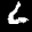
Label: 6